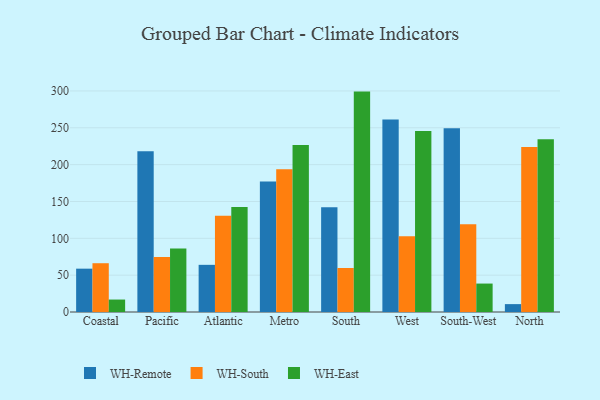
{"axis": {"x": "Region", "y": "LTV (USD)"}, "legend": ["WH-East", "WH-Remote", "WH-South"], "data": [{"x": "Coastal", "y": 58.8, "type": "WH-Remote"}, {"x": "Coastal", "y": 66.2, "type": "WH-South"}, {"x": "Coastal", "y": 16.9, "type": "WH-East"}, {"x": "Pacific", "y": 218.3, "type": "WH-Remote"}, {"x": "Pacific", "y": 74.7, "type": "WH-South"}, {"x": "Pacific", "y": 86.3, "type": "WH-East"}, {"x": "Atlantic", "y": 64.0, "type": "WH-Remote"}, {"x": "Atlantic", "y": 130.6, "type": "WH-South"}, {"x": "Atlantic", "y": 142.6, "type": "WH-East"}, {"x": "Metro", "y": 177.1, "type": "WH-Remote"}, {"x": "Metro", "y": 193.7, "type": "WH-South"}, {"x": "Metro", "y": 226.6, "type": "WH-East"}, {"x": "South", "y": 142.3, "type": "WH-Remote"}, {"x": "South", "y": 59.7, "type": "WH-South"}, {"x": "South", "y": 299.1, "type": "WH-East"}, {"x": "West", "y": 261.2, "type": "WH-Remote"}, {"x": "West", "y": 102.9, "type": "WH-South"}, {"x": "West", "y": 245.6, "type": "WH-East"}, {"x": "South-West", "y": 249.4, "type": "WH-Remote"}, {"x": "South-West", "y": 119.1, "type": "WH-South"}, {"x": "South-West", "y": 38.6, "type": "WH-East"}, {"x": "North", "y": 10.7, "type": "WH-Remote"}, {"x": "North", "y": 224.0, "type": "WH-South"}, {"x": "North", "y": 234.5, "type": "WH-East"}]}